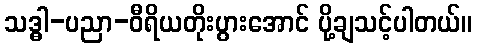
သဒ္ဓါ-ပညာ-ဝီရိယတိုးပွားအောင် ပို့ချသင့်ပါတယ်။